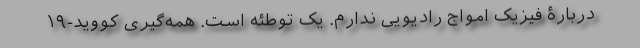
دربارۀ فیزیک امواج رادیویی ندارم. یک توطئه است. همه‌گیری کووید-۱۹